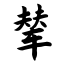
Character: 辇